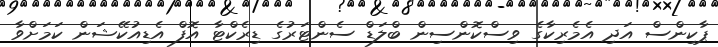
ޕާކިންސް އަދި އެމެރިކާގެ ވިސްކޮންސިން ބްލަޑް ސެންޓަރުގެ ޑިރެކްޓާ އޮފް އެޑިއުކޭޝަން ކަމަށްވާ